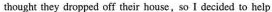
thought they dropped off their house,so I decided to help